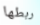
ربطها